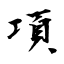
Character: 項